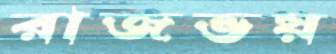
রাজভয়